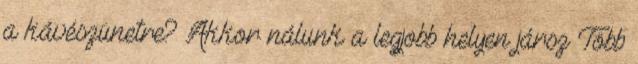
a kávészünetre? Akkor nálunk a legjobb helyen jársz Több